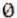
0